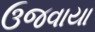
ઉજવાયા